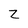
Character: z